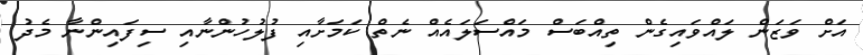
އަށް ވަޒަން ލައްވައިގެން ތިއްބަސް މައްސަލައެއް ނެތް ކަމަށާއި ފުލުހުންނާއި ސިފައިންނާ މެދު